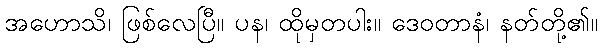
အဟောသိ၊ ဖြစ်လေပြီ။ ပန၊ ထိုမှတပါး။ ဒေဝတာနံ၊ နတ်တို့၏။